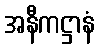
အနီကဋ္ဌာနံ